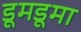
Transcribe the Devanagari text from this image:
डूमडूमा